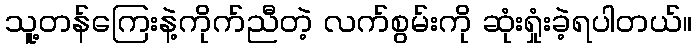
သူ့တန်ကြေးနဲ့ကိုက်ညီတဲ့ လက်စွမ်းကို ဆုံးရှုံးခဲ့ရပါတယ်။